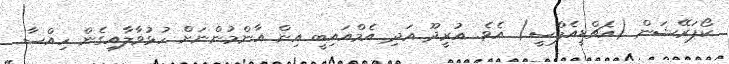
ކޯޕަރޭޝަން (އެޗްޑީއެފްސީ) އެވެ. އުރީދޫ އަދި އެމްއައިބީ އިން އާންމުންނަށް ހުޅުވާލާއިގެން ހިއްސާ